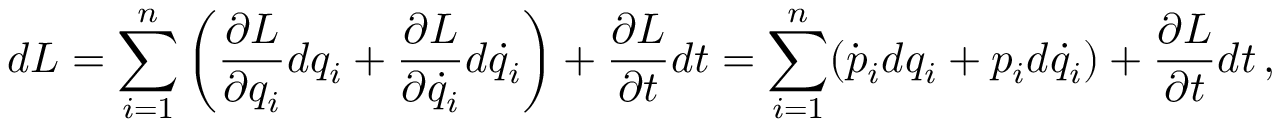
d L = \sum _ { i = 1 } ^ { n } \left( { \frac { \partial L } { \partial q _ { i } } } d q _ { i } + { \frac { \partial L } { \partial { \dot { q } } _ { i } } } d { \dot { q } } _ { i } \right) + { \frac { \partial L } { \partial t } } d t = \sum _ { i = 1 } ^ { n } ( { \dot { p } } _ { i } d q _ { i } + p _ { i } d { \dot { q } } _ { i } ) + { \frac { \partial L } { \partial t } } d t \, ,